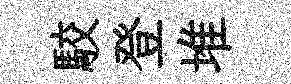
駮登堆